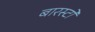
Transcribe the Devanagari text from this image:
बारस्टो